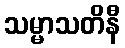
သမ္မာသတိနီ